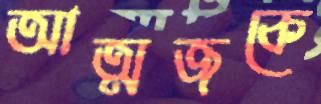
আত্মজকে